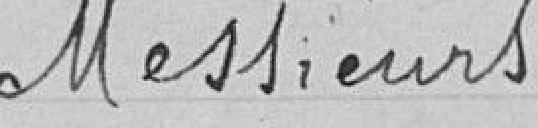
Messieurs